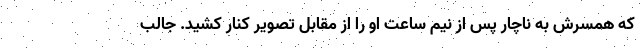
که همسرش به ناچار پس از نیم ساعت او را از مقابل تصویر کنار کشید. جالب